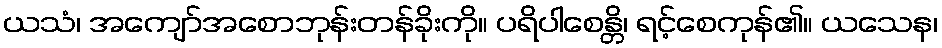
ယသံ၊ အကျော်အစောဘုန်းတန်ခိုးကို။ ပရိပါစေန္တိ၊ ရင့်စေကုန်၏။ ယသေန၊